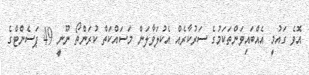
އޮވެ ގައުމީ އެއްބައިވަންތަކަމުގެ ސަރުކާރެއް އެކުލަވާލަން މަސައްކަތް ކުރަންތޯ ނޫނީ 49 ޕަސެންޓްގެ